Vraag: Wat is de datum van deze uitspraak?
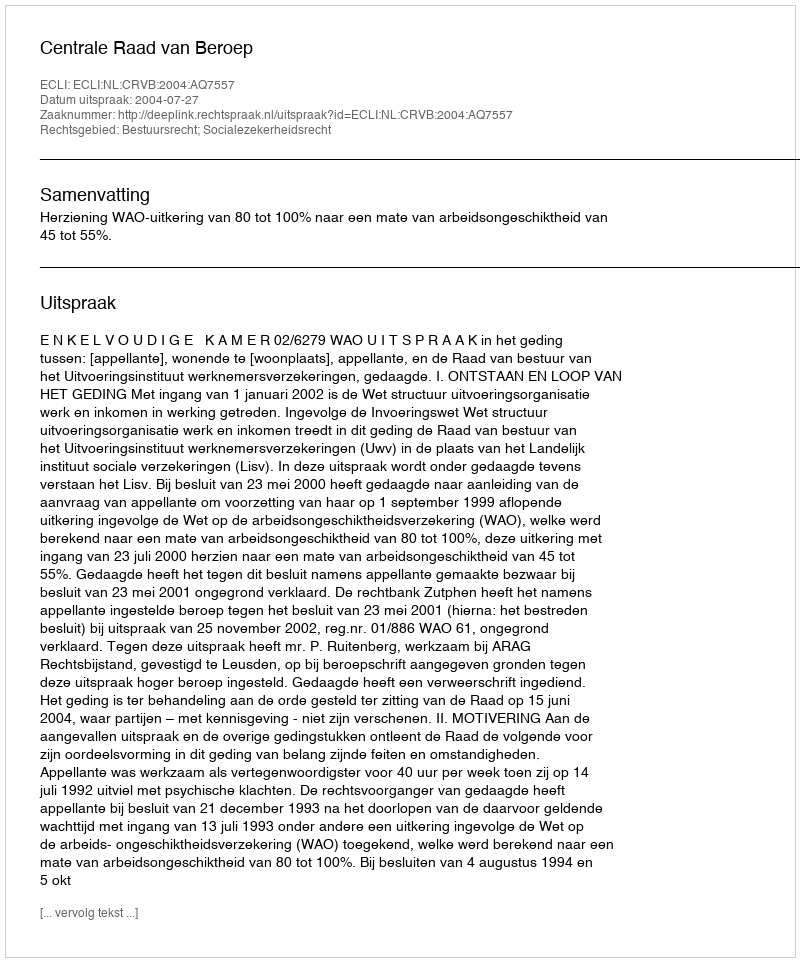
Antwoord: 2004-07-27